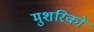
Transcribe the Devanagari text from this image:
मुशरिक़ों